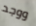
ووجد